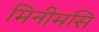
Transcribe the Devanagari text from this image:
मिनीमसि